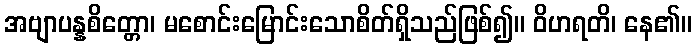
အဗျာပန္နစိတ္တော၊ မစောင်းမြောင်းသောစိတ်ရှိသည်ဖြစ်၍။ ဝိဟရတိ၊ နေ၏။